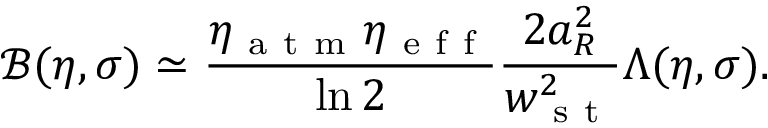
\mathcal { B } ( \eta , \sigma ) \simeq \frac { \eta _ { \mathrm { ~ a ~ t ~ m ~ } } \eta _ { \mathrm { ~ e ~ f ~ f ~ } } } { \ln 2 } \frac { 2 a _ { R } ^ { 2 } } { w _ { \mathrm { ~ s ~ t ~ } } ^ { 2 } } \Lambda ( \eta , \sigma ) .